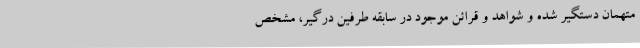
متهمان دستگیر شده و شواهد و قرائن موجود در سابقه طرفین درگیر، مشخص